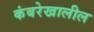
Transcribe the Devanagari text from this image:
कंबरेखालील